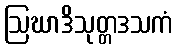
ဩဃာဒိသုတ္တဒသကံ